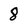
Character: 8